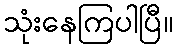
သုံးနေကြပါပြီ။